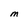
Character: M